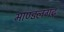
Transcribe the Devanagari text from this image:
माण्डलगढ़